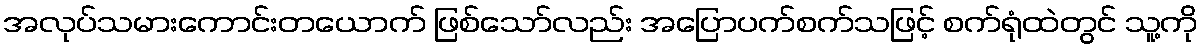
အလုပ်သမားကောင်းတယောက် ဖြစ်သော်လည်း အပြောပက်စက်သဖြင့် စက်ရုံထဲတွင် သူ့ကို